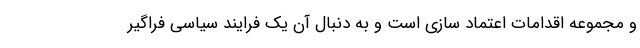
و مجموعه اقدامات اعتماد سازی است و به دنبال آن یک فرایند سیاسی فراگیر